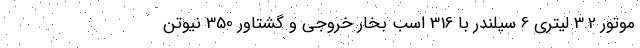
موتور 3.2 لیتری 6 سیلندر با 316 اسب بخار خروجی و گشتاور 350 نیوتن